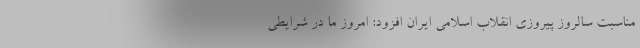
مناسبت سالروز پیروزی انقلاب اسلامی ایران افزود: امروز ما در شرایطی